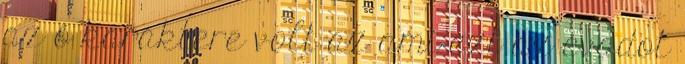
az ő karaktere volt az ami ezt az évadot